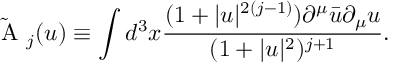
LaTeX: \mathrm { ~ \cal { \tilde { A } } ~ } _ { j } ( u ) \equiv \int d ^ { 3 } x \frac { ( 1 + | u | ^ { 2 ( j - 1 ) } ) \partial ^ { \mu } \bar { u } \partial _ { \mu } u } { ( 1 + | u | ^ { 2 } ) ^ { j + 1 } } .